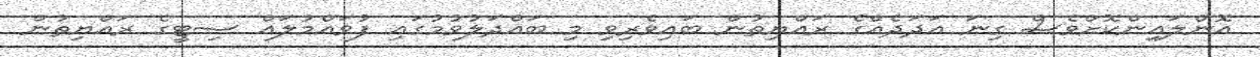
އޮންލައިންކޮށްވެސް ގިނަ އަދަދެއްގެ ރައްޔިތުން ބައިވެރިވި މި ބައްދަލުވުމުގައި ފުވައްމުލައް ސިޓީގެ ރައްޔިތުން